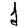
Digit: 1